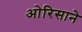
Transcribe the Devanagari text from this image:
ओरिसाने